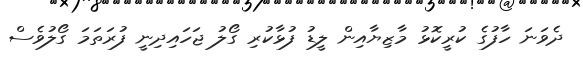
ދެވަނަ ހާފުގެ ކުރީކޮޅު މާޒިޔާއިން ލީޑު ފުޅާކުރި ގޯލު ޖަހައިދިނީ ފުރަތަމަ ގޯލުވެސް